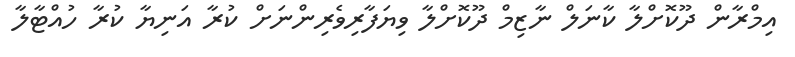
އިމްރާން ދޫކޮށްލާ ކާނަލް ނާޒިމް ދޫކޮށްލާ ވިޔަފާރިވެރިންނަށް ކުރާ އަނިޔާ ކުރާ ހުއްޓާލާ